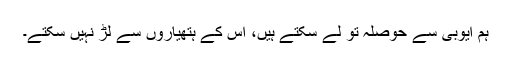
ہم ایوبی سے حوصلہ تو لے سکتے ہیں، اس کے ہتھیاروں سے لڑ نہیں سکتے۔